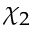
\chi _ { 2 }